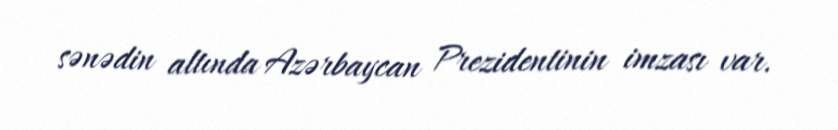
sənədin altında Azərbaycan Prezidentinin imzası var.